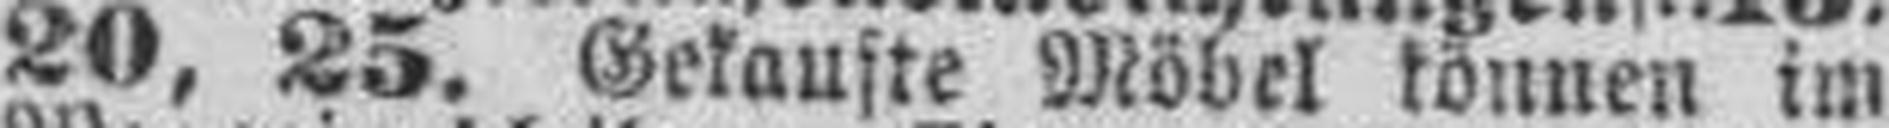
20, 25. Gekaufte Möbel können im